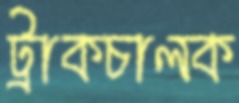
ট্রাকচালক